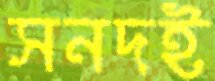
সনদই